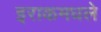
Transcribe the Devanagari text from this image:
इराकमधले